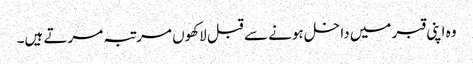
وہ اپنی قبر میں داخل ہونے سے قبل لاکھوں مرتبہ مرتے ہیں۔